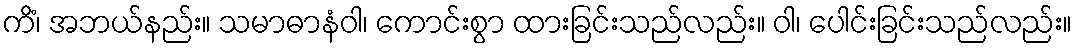
ကိံ၊ အဘယ်နည်း။ သမာဓာနံဝါ၊ ကောင်းစွာ ထားခြင်းသည်လည်း။ ဝါ၊ ပေါင်းခြင်းသည်လည်း။